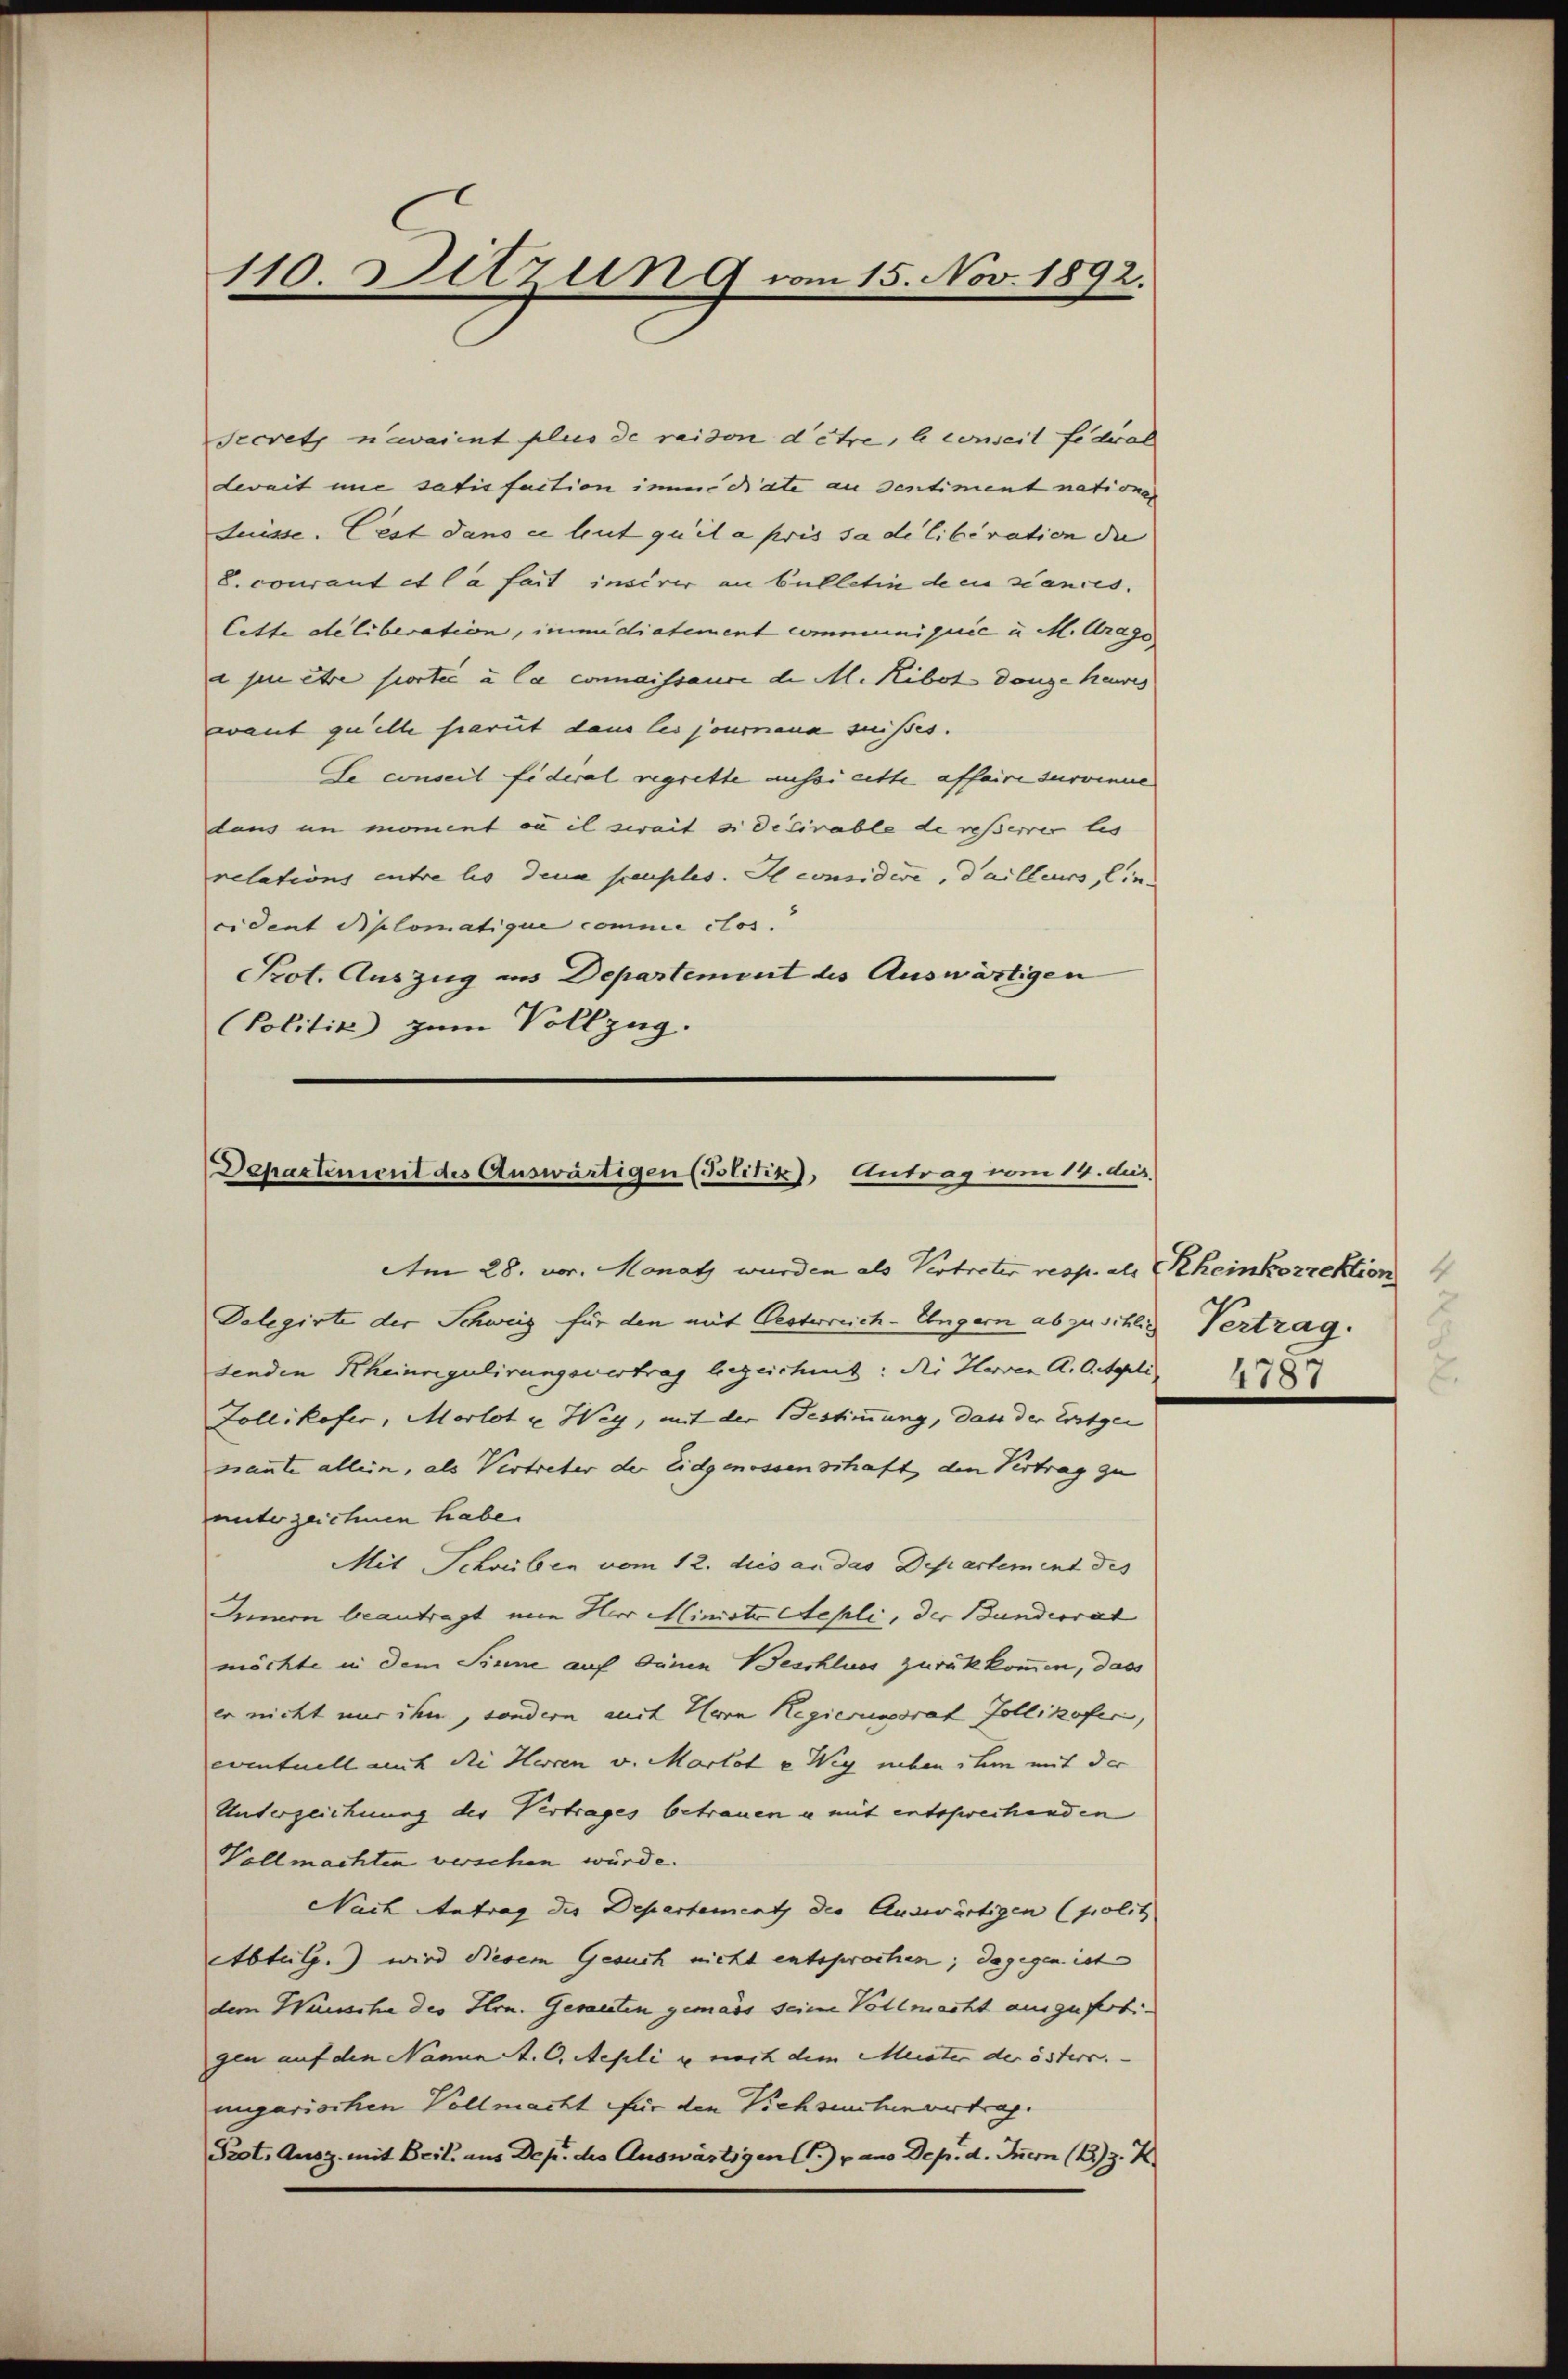
110. Sitzung vom 15. Nov. 1892.

Secretz newaient plus de raison d’être, le conseit fiderat
deweit nie satisfaction imme date an dentiment natione
fuisse. Cest dans ce lut quita pris sa di libération die |
b. courant et la fait insérer an bulletin den siances.
Cette deliberation, immidiatement communiquić u. M. Arago,
a pu être sortie à la commissance d. M. Ribot dange hawis
want quelle sarut dans les pourana suisses.
le conseil fidéral regrette aussi ritte affaire survinue
laus in moment ou il zwait si decirable de resserrer les
relations entre les dene peuples. Il considire, dailleurs, lin
cident Rplomatique comme chos
Prot. Auszug aus Departement des Auswärtigen
Politik zum Vollzug.

Dcharteniert des Auswärtigen (Politik), Antrag vom 14. dus.
Am 28. vor. Monatz wurden als Vertretis resp. als Rheinkorrektion

Dolegirte der Schweiz für den mit Oesterreich-Ungern abzuschlich Vertrag.
senden Rheinregulirungsvertrag bezeichnet: die Herren A. O. Appli
Zollikofer, Morlot u. Weg, mit der Bestimmung, dass der Erstgen
nannte allein, als Vertreter der Eidgenossenschaft, den Vertrag zu
unterzeichnen habe.
Mit Schreiben vom 12. dies an das Departement des
Inen beantragt mir Herr Minister Aepli, der Bundesrat
möchte in dem Sinne auf deine Beschluss zurükkommen, dass
er nicht nur ihm, sondern mit Herrn Regierungsrat Zollikofer,
eventuell auch die Herren v. Martet u Weg neben ihm mit der
Unterzeichnung der Vertrages betrauen u mit entschwechenden
Vollmachten versehen würde.
Nach Antrag des Departement der Auswärtigen (polit
etbtlg.) wird diesem Gesuch nicht entsprochen; dagegen ist
dem Wunsche des Hrn. Gesanten gemäss seine Vollmacht auszufertigen auf den Nament. C. Repli e noch dem Meister der östers.
ungarischen Vollmacht für den Viehseuchenvertrag.
Prot. Ausz. mit Beil. aus Dep. des Auswärtigen) pans Dep. d. Inern (1) z. Z

2
1781